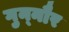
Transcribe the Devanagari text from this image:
गुन्‍नौर